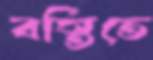
বস্তিতে